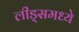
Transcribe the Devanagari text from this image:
लीड्समध्ये